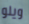
ويلو